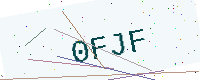
Text: 0FJF